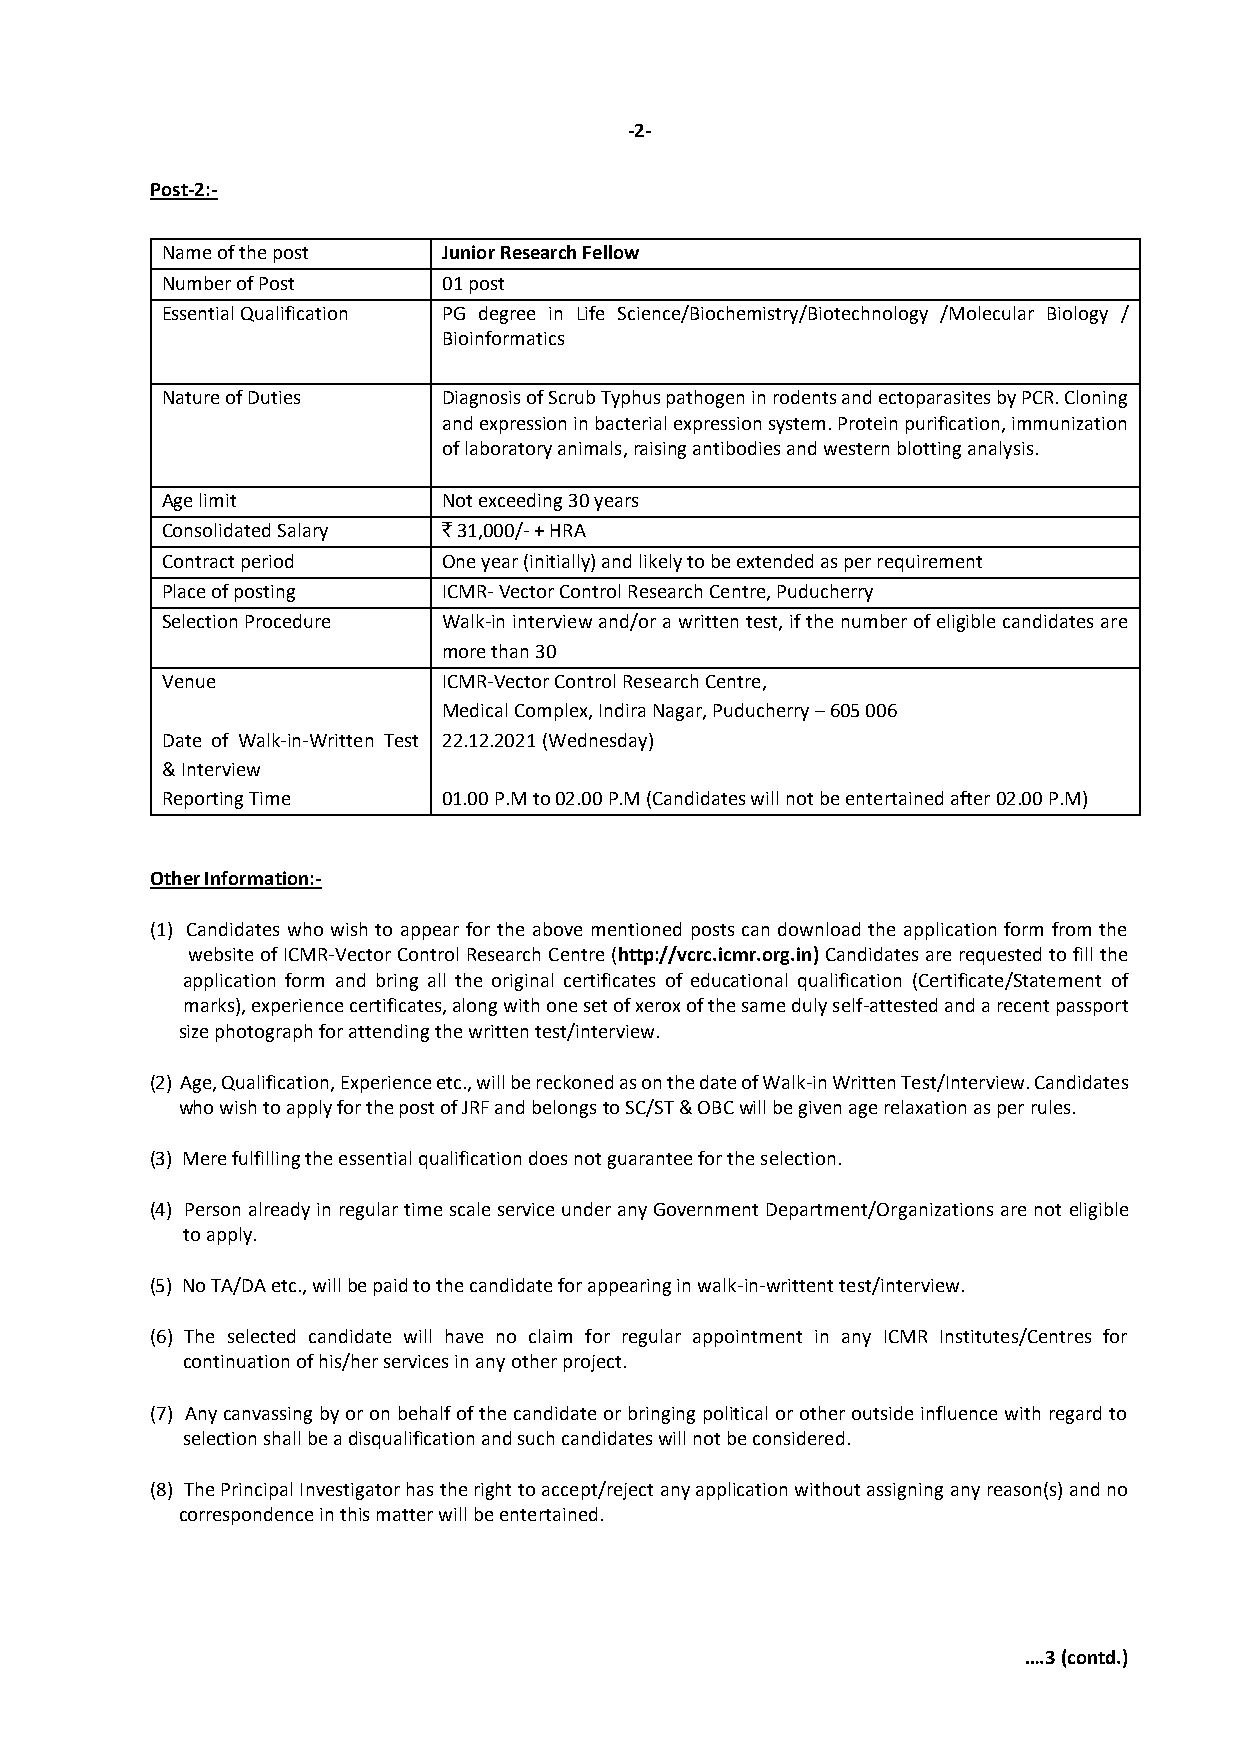
-2-
 Post-2:-
 Name of the post  Junior Research Fellow
 Number of Post    01 post
 Essential Qualification PG degree in Life Science/Biochemistry/Biotechnology /Molecular Biology /
 Bioinformatics
 Nature of Duties  Diagnosis of Scrub Typhus pathogen in rodents and ectoparasites by PCR. Cloning
 and expression in bacterial expression system. Protein purification, immunization
 of laboratory animals, raising antibodies and western blotting analysis.
 Age limit         Not exceeding 30 years
 Consolidated Salary ` 31,000/- + HRA
 Contract period   One year (initially) and likely to be extended as per requirement
 Place of posting  ICMR- Vector Control Research Centre, Puducherry
 Selection Procedure Walk-in interview and/or a written test, if the number of eligible candidates are
 more than 30
 Venue             ICMR-Vector Control Research Centre,
 Medical Complex, Indira Nagar, Puducherry – 605 006
 Date of Walk-in-Written Test 22.12.2021 (Wednesday)
 & Interview
 Reporting Time    01.00 P.M to 02.00 P.M (Candidates will not be entertained after 02.00 P.M)
 Other Information:-
 (1) Candidates who wish to appear for the above mentioned posts can download the application form from the
 website of ICMR-Vector Control Research Centre (http://vcrc.icmr.org.in) Candidates are requested to fill the
 application form and bring all the original certificates of educational qualification (Certificate/Statement of
 marks), experience certificates, along with one set of xerox of the same duly self-attested and a recent passport
 size photograph for attending the written test/interview.
 (2) Age, Qualification, Experience etc., will be reckoned as on the date of Walk-in Written Test/Interview. Candidates
 who wish to apply for the post of JRF and belongs to SC/ST & OBC will be given age relaxation as per rules.
 (3) Mere fulfilling the essential qualification does not guarantee for the selection.
 (4) Person already in regular time scale service under any Government Department/Organizations are not eligible
 to apply.
 (5) No TA/DA etc., will be paid to the candidate for appearing in walk-in-writtent test/interview.
 (6) The selected candidate will have no claim for regular appointment in any ICMR Institutes/Centres for
 continuation of his/her services in any other project.
 (7) Any canvassing by or on behalf of the candidate or bringing political or other outside influence with regard to
 selection shall be a disqualification and such candidates will not be considered.
 (8) The Principal Investigator has the right to accept/reject any application without assigning any reason(s) and no
 correspondence in this matter will be entertained.
 ….3 (contd.)